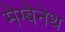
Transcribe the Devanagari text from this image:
मेग्बेनेथ